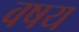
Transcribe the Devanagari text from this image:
वषय